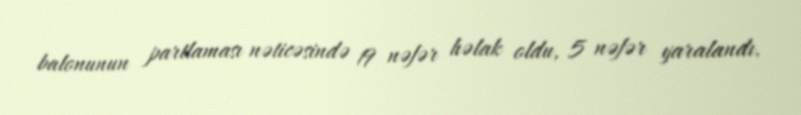
balonunun partlaması nəticəsində 19 nəfər həlak oldu, 5 nəfər yaralandı.